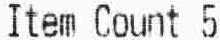
ITEM COUNT 5